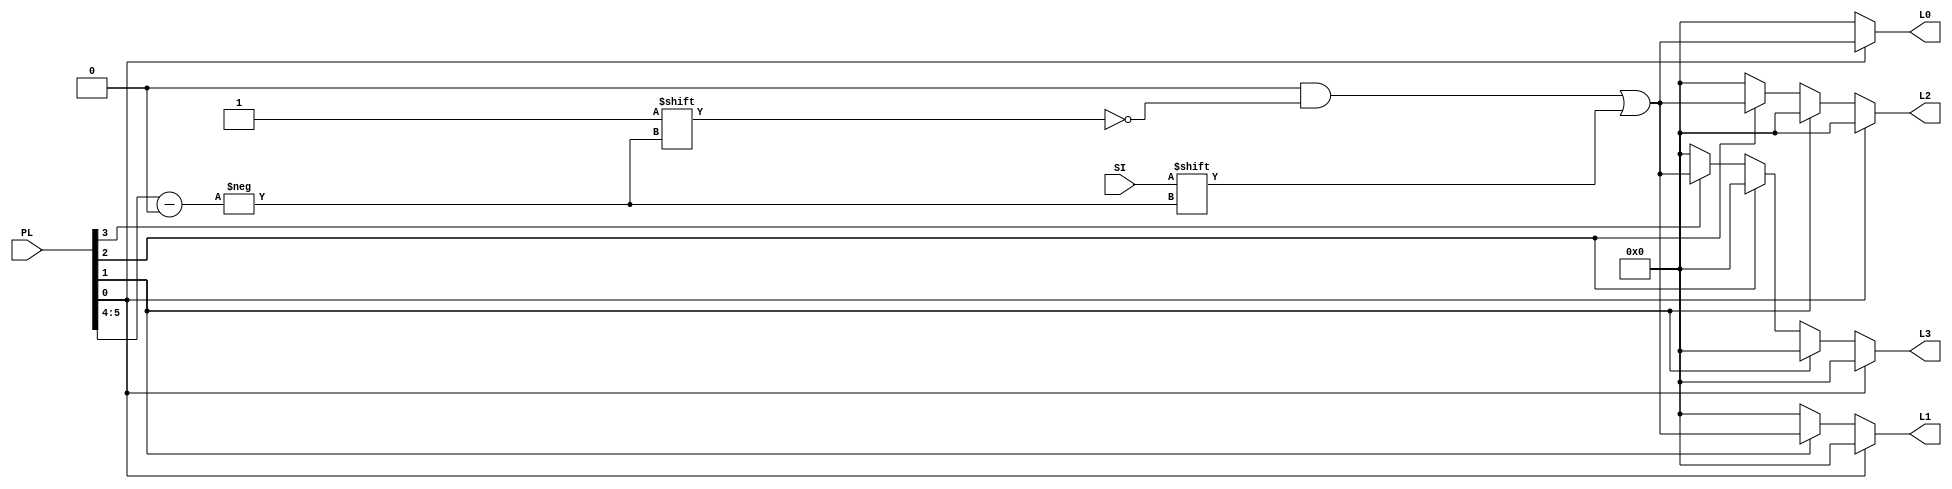
`timescale 1ns/1ns
module SMBS(input SI,input[5:0]PL,output reg[3:0]L0,L1,L2,L3);
wire[3:0] PB;
wire[1:0] LB;
assign PB=PL[3:0];
assign LB=PL[5:4];
  always@(SI,PB,LB)begin
    L0=0;
    L1=0;
    L3=0;
    L2=0;
    if(PB[0]==1)
      L0[LB]=SI;
      
  else if(PB[1]==1)
      L1[LB]=SI;
      
else if(PB[2]==1)
      L2[LB]=SI;
      
  else if(PB[3]==1)
      L3[LB]=SI;
  end 
endmodule